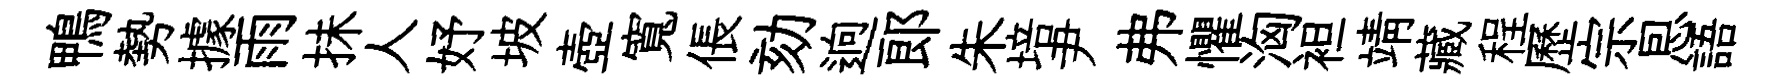
鴨勢據雨抺人妤坡壺寬倀劾逈郎朱培尹弗懼洶袒靖藏程歷宗㤙語